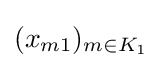
(x_{m1})_{m\in K_{1}}